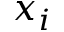
x _ { i }